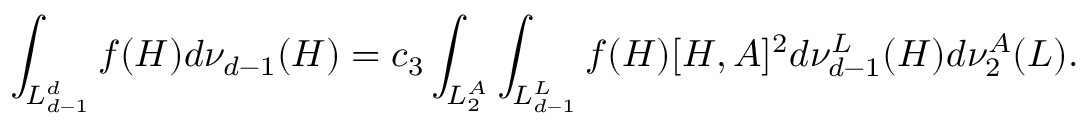
\int _ { { \cal L } _ { d - 1 } ^ { d } } f ( H ) d \nu _ { d - 1 } ( H ) = c _ { 3 } \int _ { { \cal L } _ { 2 } ^ { A } } \int _ { { \cal L } _ { d - 1 } ^ { L } } f ( H ) [ H , A ] ^ { 2 } d \nu _ { d - 1 } ^ { L } ( H ) d \nu _ { 2 } ^ { A } ( L ) .